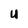
Character: U